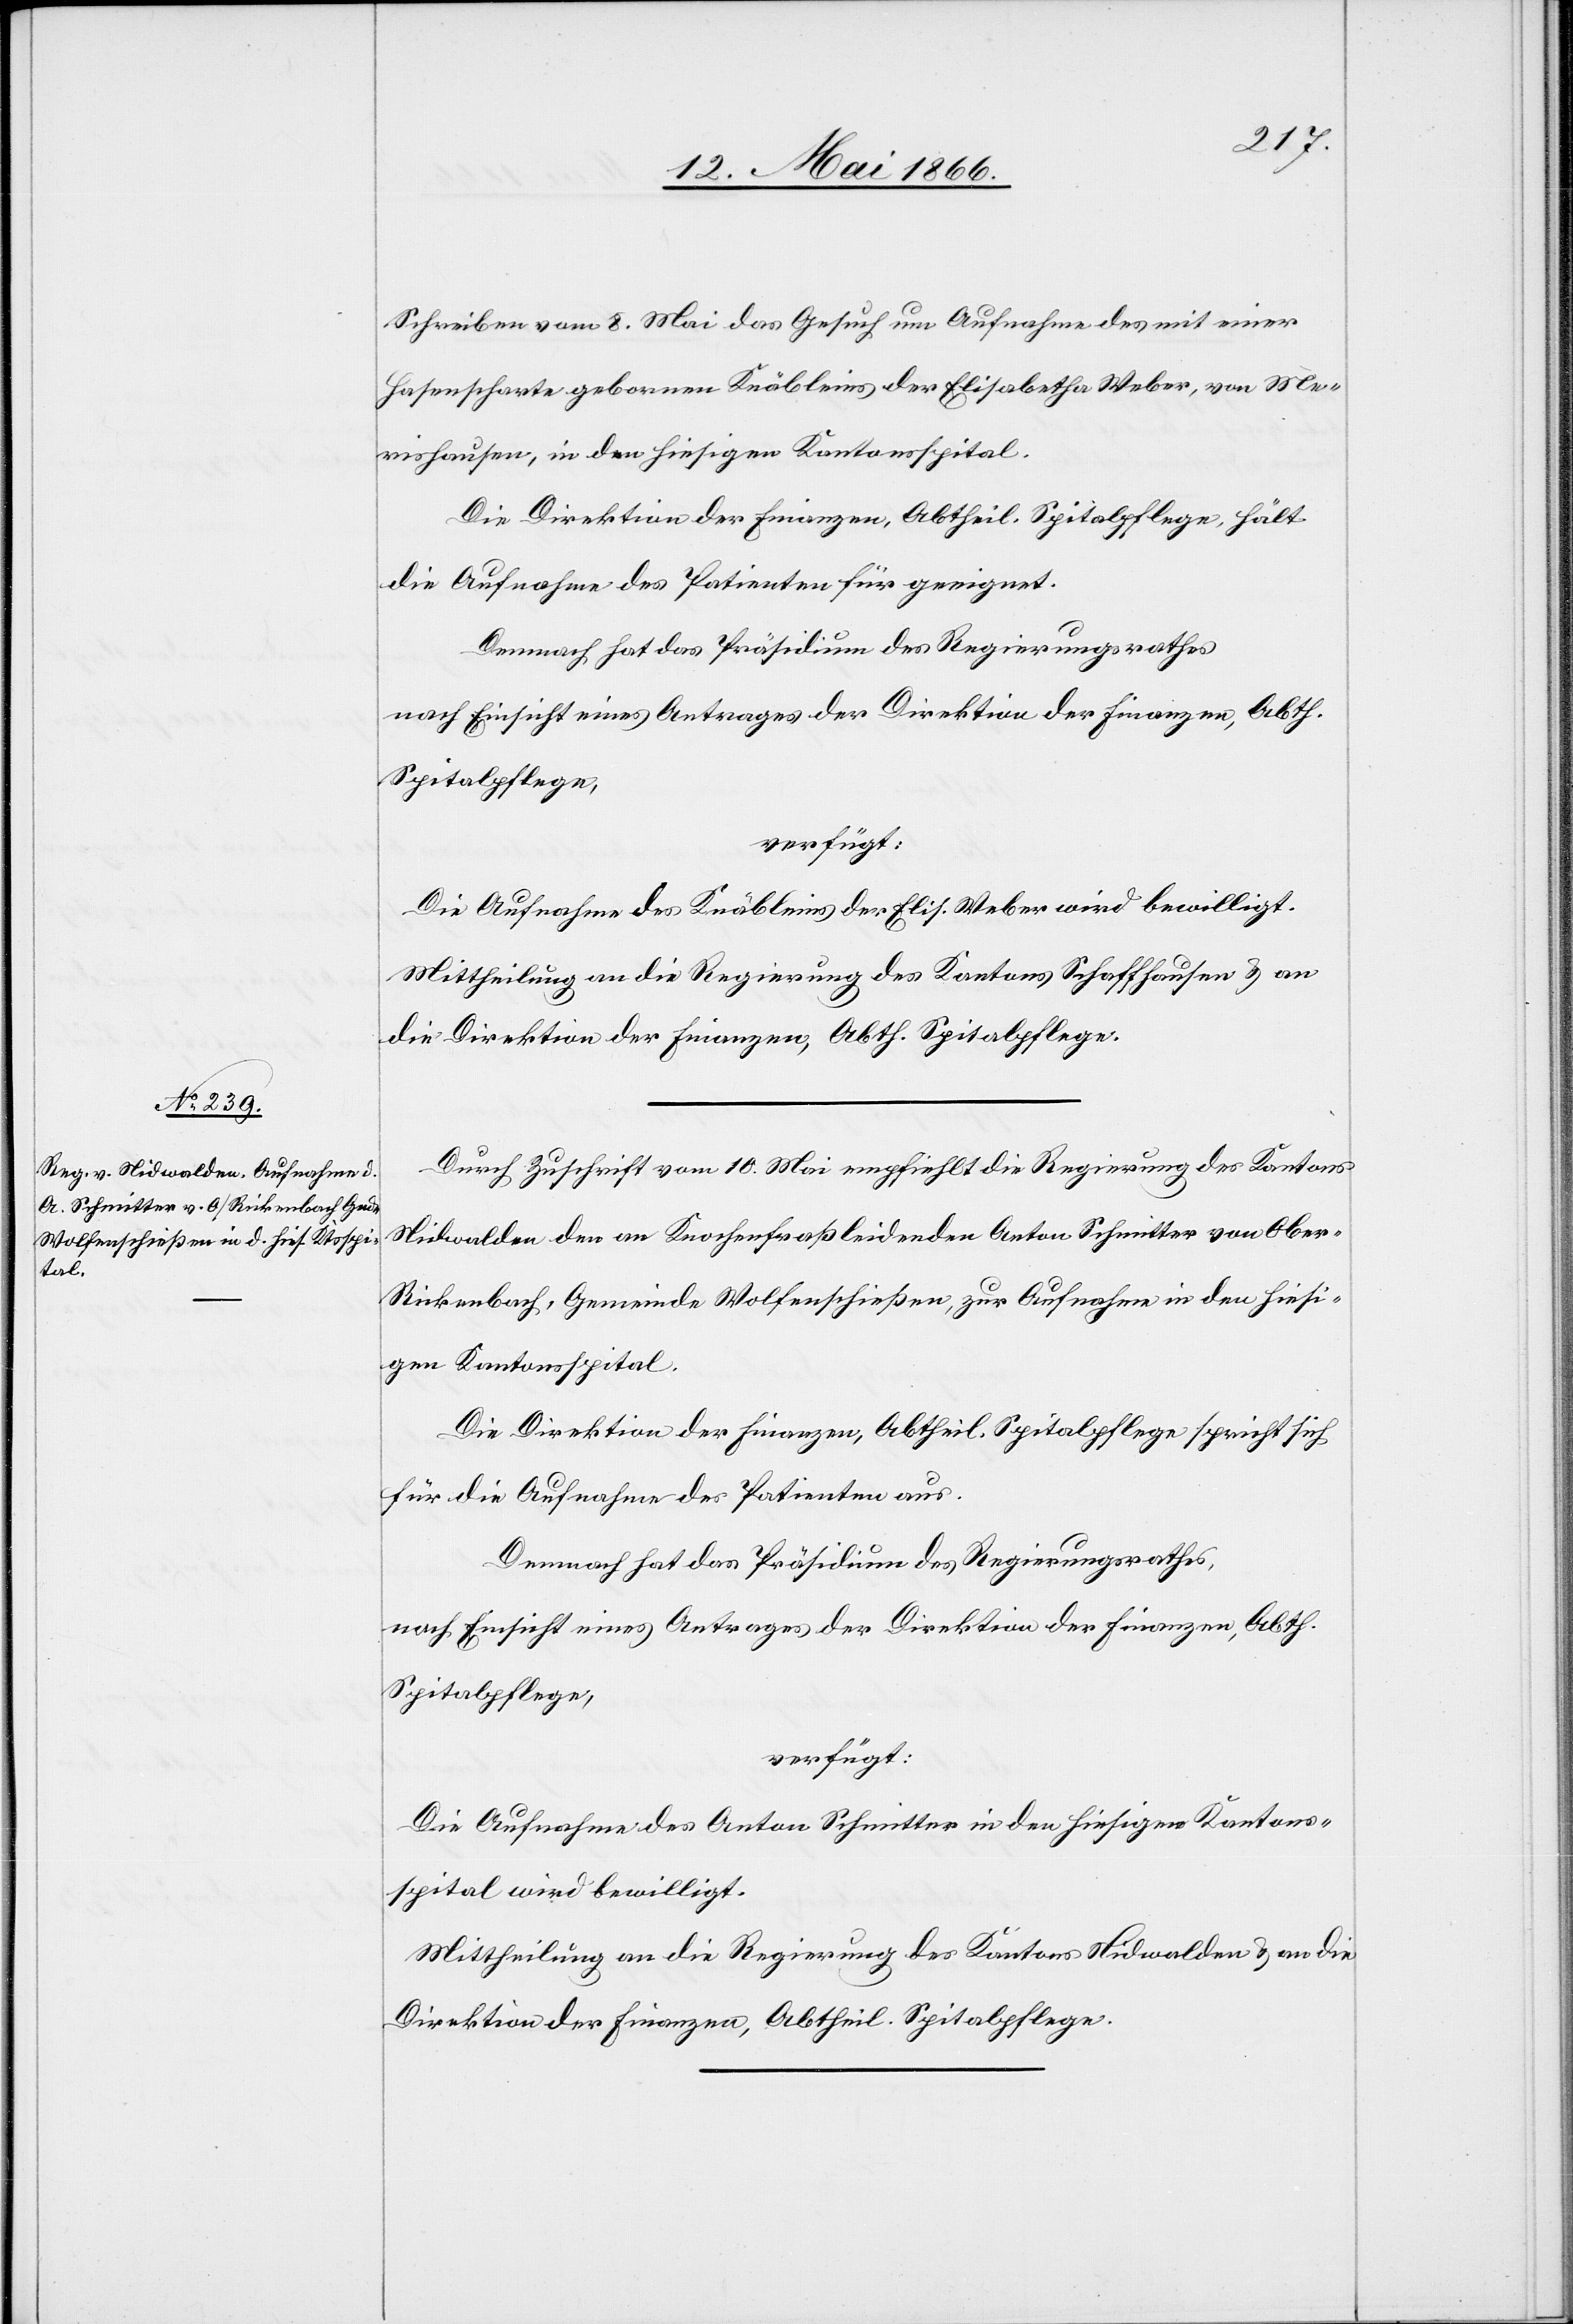
17. Mai 1866.]
Schreiben vom 8. Mai das Gesuch um Aufnahme des mit einer
Hasenscharte geborenen Knäbleins der Elisabetha Weber, von Me¬
rishausen, in den hiesigen Kantonsspital.
Die Direktion der Finanzen, Abtheil. Spitalpflege, hält
die Aufnahme des Patienten für geeignet.
Demnach hat das Präsidium des Regierungsrathes
nach Einsicht eines Antrages der Direktion der Finanzen, Abth.
Spitalpflege,
verfügt:
Die Aufnahme des Knäbleins der Elis. Weber wird bewilligt.
Mittheilung an die Regierung des Kantons Schaffhausen u. an
die Direktion der Finanzen, Abth. Spitalpflege.
Durch Zuschrift vom 10. Mai empfiehlt die Regierung des Kantons
Nidwalden den an Knochenfraß leidenden Anton Schmitter von Ober-R¬
ickenbach, Gemeinde Wolfenschießen, zur Aufnahme in den hiesi¬
gen Kantonsspital.
Die Direktion der Finanzen, Abtheil. Spitalpflege, spricht sich
für die Aufnahme des Patienten aus.
Demnach hat das Präsidium des Regierungsrathes,
nach Einsicht eines Antrages der Direktion der Finanzen, Abth.
Spitalpflege,
verfügt:
Die Aufnahme des Anton Schmitter in den hiesigen Kantons¬
spital wird bewilligt.
Mittheilung an die Regierung des Kantons Nidwalden u. an die
Direktion der Finanzen, Abtheil. Spitalpflege.